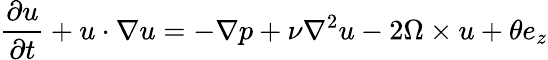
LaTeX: \frac{\partial u}{\partial t}+u\cdot\nabla u=-\nabla p+\nu\nabla^{2}u-2\Omega\times u+\theta e_{z}